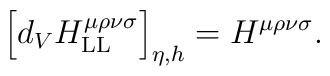
\Big[d_VH^{\mu\rho\nu\sigma}_\mathrm{LL}\Big]_{\eta,h}=H^{\mu\rho\nu\sigma}.